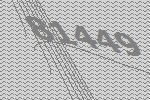
81449